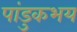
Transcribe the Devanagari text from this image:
पांडुकभय